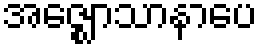
အဇ္ဈောသာနာပေ